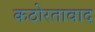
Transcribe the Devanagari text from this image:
कठोरतावाद